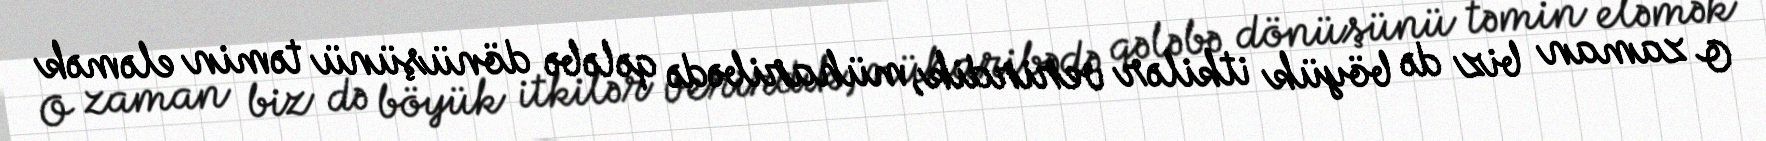
O zaman biz də böyük itkilər verirdik, müharibədə qələbə dönüşünü təmin eləmək